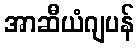
အာဆီယံဂျပန်